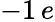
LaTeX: -1\, e